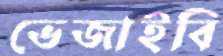
ভেজাইবি